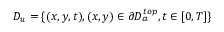
D _ { u } = \{ ( x , y , t ) , ( x , y ) \in \partial D _ { a } ^ { t o p } , t \in [ 0 , T ] \}